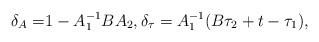
LaTeX: \begin{align*}\delta_A=& 1-A^{-1}_1BA_2 ,\delta_\tau=A^{-1}_1(B\tau_2+t -\tau_1) ,\end{align*}